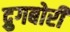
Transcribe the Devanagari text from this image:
द्रुगबोरी